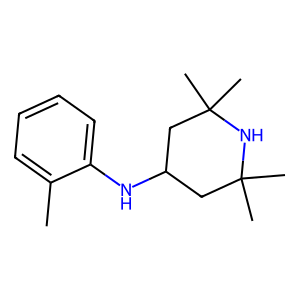
SMILES: Cc1ccccc1NC1CC(C)(C)NC(C)(C)C1
Inhibits HIV replication: No